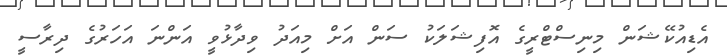
އެޑިއުކޭޝަން މިނިސްޓްރީގެ އޮފިޝަލަކު ސަން އަށް މިއަދު ވިދާޅުވީ އަންނަ އަހަރުގެ ދިރާސީ